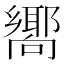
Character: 𪢞